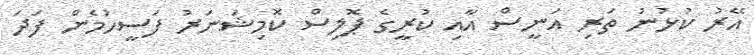
އޭރު ކުޅުނު ތަރި އަނީސް އާއި ކުރީގެ ޕޮލިސް ކޮމިޝަނަރު ފަސީހުމެން ފަދަ